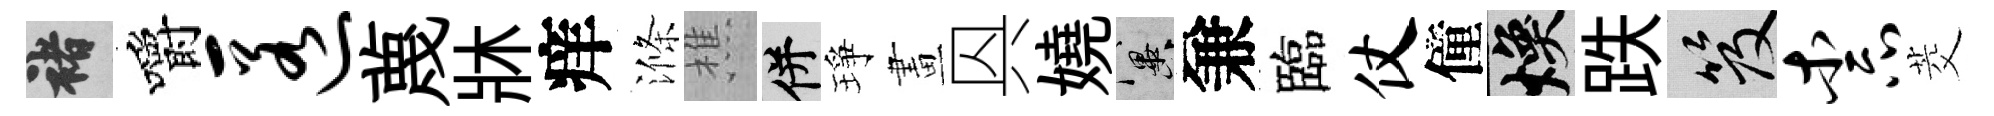
褚嚼匿蔑牀痒滌樵并琤畫㒷嬈冀兼臨仗僮焕跌笈柰茭